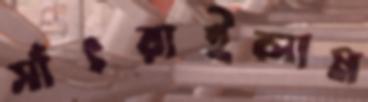
সাঁৎরাইলাম